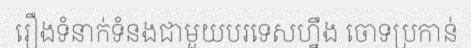
រឿងទំនាក់ទំនងជាមួយបរទេសហ្នឹង ចោទប្រកាន់